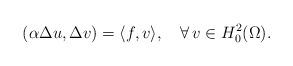
LaTeX: \begin{align*}(\alpha\Delta u,\Delta v)=\langle f,v\rangle,\quad\forall\,v\in H^2_0(\Omega).\end{align*}